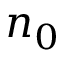
n _ { 0 }